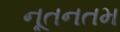
નૂતનતમ